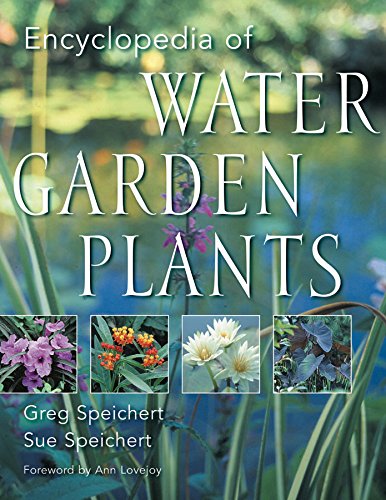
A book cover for Encyclopedia of Water Garden Plants; Greg Speichert; Crafts, Hobbies & Home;